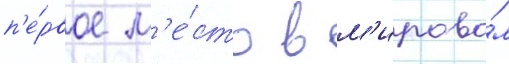
п'е́рвое м'е́сто в м'ирово́м